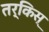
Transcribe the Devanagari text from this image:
तर्किस्